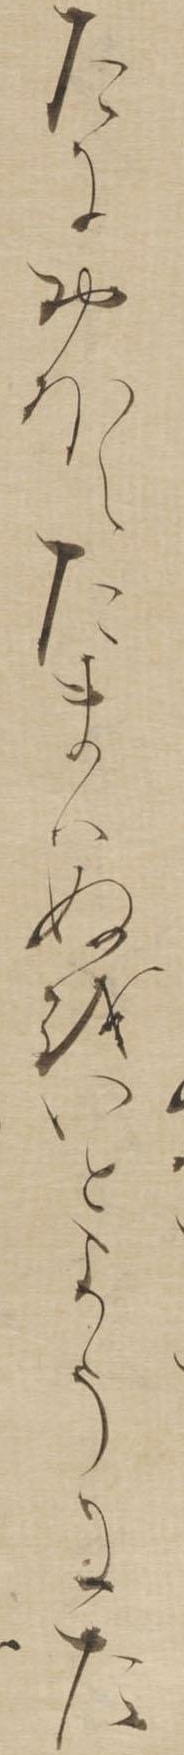
たにおほえたまはぬをいとようにた